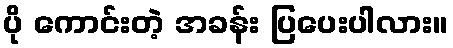
ပို ကောင်းတဲ့ အခန်း ပြပေးပါလား။